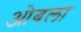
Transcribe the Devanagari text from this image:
ओबला